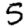
Digit: 5